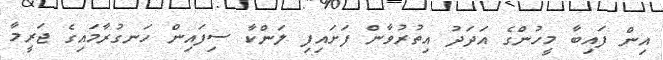
އިން ފައިބާ މީހުންގެ އަދަދު އިތުރުވާން ފަށައިފި ލަންކާ ސިފައިން ހަނގުރާމައިގެ ޖަރީމާ